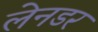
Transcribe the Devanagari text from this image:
लेनडर